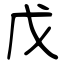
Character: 戊